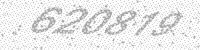
Solution: 620819